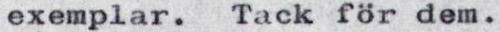
exemplar. Tack för dem.